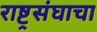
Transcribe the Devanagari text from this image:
राष्ट्रसंघाचा